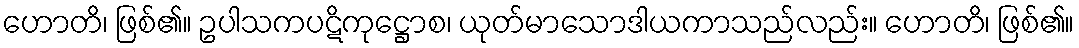
ဟောတိ၊ ဖြစ်၏။ ဥပါသကပဋိကုဋ္ဌောစ၊ ယုတ်မာသောဒါယကာသည်လည်း။ ဟောတိ၊ ဖြစ်၏။